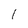
Character: 1